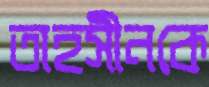
তাহসীনকে